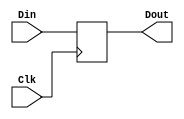
/**	@task   : D Flip Flop Module
 *	@date   : 22.03.2017	
 */
module DFlipFlop(Din,Clk,Dout);

input  Din;
input  Clk;
output Dout;

reg OutReg;

always @(posedge Clk)
	OutReg <= Din;

assign Dout = OutReg;

endmodule

/**	@task   : D Flip Flop Module with synchronous reset
 *	@date   : 22.03.2017	
 */
module Dff_SReset(Din,nSReset,Clk,Dout);

input Din;
input nSReset;
input Clk;
output Dout;

wire DinTemp;
reg  OutReg;

assign DinTemp = Din & nSReset;

always @(posedge Clk)
	OutReg <= DinTemp;

assign Dout = OutReg;

endmodule

/**	@task   : D Flip Flop Module with Asynchronous reset 
 *	@date   : 22.03.2017	
 */
module Dff_AReset(Din,nAReset,Clk,Dout);

input Din;
input nAReset;
input Clk;
output Dout;

reg OutReg;

always @(posedge Clk or negedge nAReset)
	if (nAReset == 1'b0)
		OutReg <= 1'b0;
	else
		OutReg <= Din;
		
assign Dout = OutReg;
		
endmodule